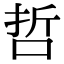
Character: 哲